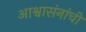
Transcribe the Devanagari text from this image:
आश्वासंनांची